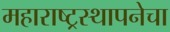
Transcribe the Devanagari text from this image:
महाराष्ट्रस्थापनेचा